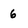
Character: 6